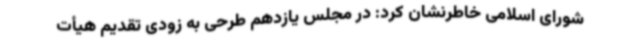
شورای اسلامی خاطرنشان کرد: در مجلس یازدهم طرحی به زودی تقدیم هیأت